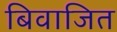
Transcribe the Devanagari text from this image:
बिवाजित